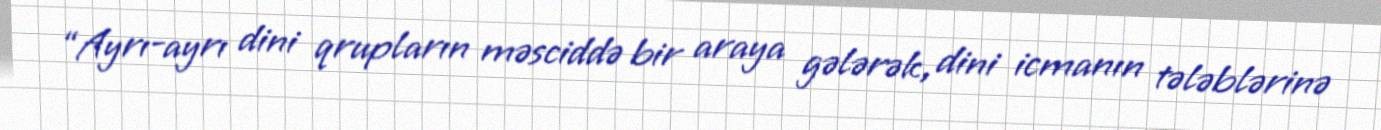
“Ayrı-ayrı dini qrupların məsciddə bir araya gələrək, dini icmanın tələblərinə